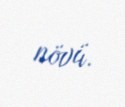
növü.